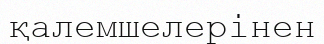
қалемшелерінен